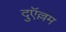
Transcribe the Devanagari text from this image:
दुऍल्लम